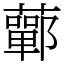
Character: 䕤